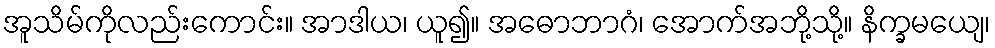
အူသိမ်ကိုလည်းကောင်း။ အာဒါယ၊ ယူ၍။ အဓောဘာဂံ၊ အောက်အဘို့သို့။ နိက္ခမယျေ၊